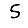
Digit: 5